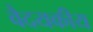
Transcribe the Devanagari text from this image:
वैदयकीय